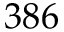
3 8 6